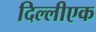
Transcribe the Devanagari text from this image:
दिल्लीएक